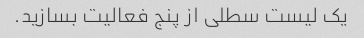
یک لیست سطلی از پنج فعالیت بسازید.